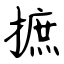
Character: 摭